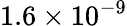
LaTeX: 1.6\times 10^{-9}